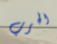
الحرب